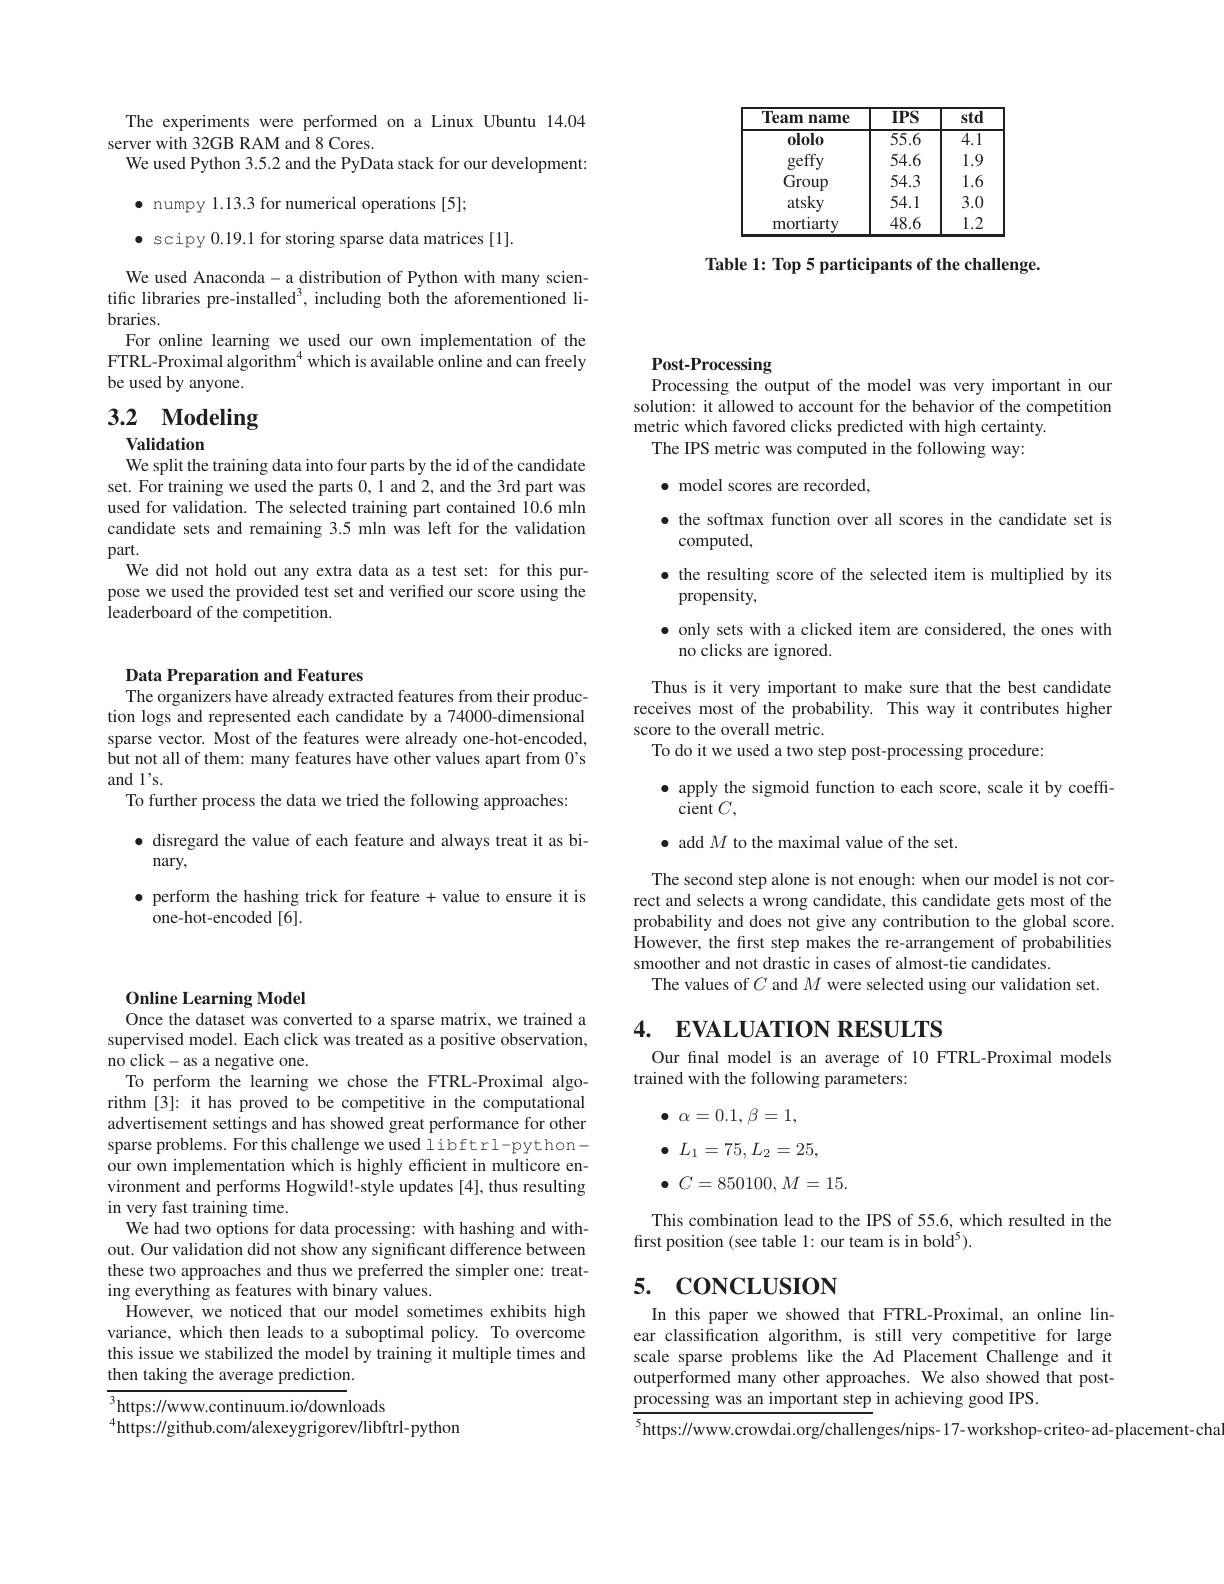
<table>
	<tbody>
		<tr>
			<th>Team name</th>
			<th>$\overline{IPS}$</th>
			<th>std</th>
		</tr>
		<tr>
			<td>$0lolo$</td>
			<td>$\overline{55.6}$</td>
			<td>$\overline{4.1}$</td>
		</tr>
		<tr>
			<td>geffy</td>
			<td>54.6</td>
			<td>1.9</td>
		</tr>
		<tr>
			<td>Group</td>
			<td>54.3</td>
			<td>1.6 </td>
		</tr>
		<tr>
			<td>atsky</td>
			<td>54.1</td>
			<td>3.0</td>
		</tr>
		<tr>
			<td>mortiarty</td>
			<td>48.6</td>
			<td>1.2</td>
		</tr>
	</tbody>
</table>

Table 1: Top 5 participants of the challenge.

## Online Learning Model Once the dataset was converted to a sparse matrix, we trained a

supervised model. Each click was treated as a positive observation,
no click-as a negative one.
To perform the learning we chose the FTRL-Proximal algorithm [3]: it has proved to be competitive in the computational advertisement settings and has showed great performance for other sparse problems. For this challenge we used libftrl-pythonour own implementation which is highly efficient in multicore environment and performs Hogwild!-style updates [4], thus resulting in very fast training time.
We had two options for data processing: with hashing and without. Our validation did not show any significant difference between these two approaches and thus we preferred the simpler one: treating everything as features with binary values.
However, we noticed that our model sometimes exhibits high variance, which then leads to a suboptimal policy. To overcome this issue we stabilized the model by training it multiple times and then taking the average prediction.

$^3$https://www.continuum.io/downloads
$^{4}$https://github.com/alexeygrigorev/libftrl-python

The experiments were performed on a Linux Ubuntu 14.04
server with 32GB RAM and 8 Cores.
We used Python 3.5.2 and the PyData stack for our development:
$\bullet$ numpy 1.13.3 for numerical operations [5];
$\bullet$ scipy 0.19.1 for storing sparse data matrices [1].
We used Anaconda- a distribution of Python with many scientific libraries pre-installed', including both the aforementioned libraries.
For online learning we used our own implementation of the FTRL-Proximal algorithm$^{4}$ which is available online and can freely be used by anyone.

# 3.2 Modeling

Validation
We split the training data into four parts by the id of the candidate set. For training we used the parts 0, 1 and 2, and the 3rd part was used for validation. The selected training part contained 10.6 mln candidate sets and remaining 3.5 mln was left for the validation part.
We did not hold out any extra data as a test set: for this purpose we used the provided test set and verified our score using the leaderboard of the competition.

## Data Preparation and Features The organizers have already extracted features from their produc-

tion logs and represented each candidate by a 74000-dimensional sparse vector. Most of the features were already one-hot-encoded, but not all of them: many features have other values apart from 0's and l's.
To further process the data we tried the following approaches:

$\bullet$ disregard the value of each feature and always treat it as bi-
nary,
$\bullet$ perform the hashing trick for feature + value to ensure it is
one-hot-encoded [6].

${\mathbf{P}}$ost-Processing
Processing the output of the model was very important in our solution: it allowed to account for the behavior of the competition metric which favored clicks predicted with high certainty.
The IPS metric was computed in the following way:
$\bullet$ model scores are recorded,
· the softmax function over all scores in the candidate set is
computed,
· the resulting score of the selected item is multiplied by its
propensity,
· only sets with a clicked item are considered, the ones with
no clicks are ignored.
Thus is it very important to make sure that the best candidate receives most of the probability. This way it contributes higher score to the overall metric.
To do it we used a two step post-processing procedure:
$\bullet$ apply the sigmoid function to each score, scale it by coeffi-
cient $C$,
$\bullet$ add $M$ to the maximal value of the set.

The second step alone is not enough: when our model is not correct and selects a wrong candidate, this candidate gets most of the probability and does not give any contribution to the global score.

However, the first step makes the re-arrangement of probabilities
smoother and not drastic in cases of almost-tie candidates.
The values of $C$ and $M$ were selected using our validation set.

## 4. EVALUATION RESULTS

Our final model is an average of 10 FTRL-Proximal models
trained with the following parameters:

$\bullet$ $\alpha = 0. 1, \beta = 1$,
$$L_1=75,L_2=25,$$
$\bullet$ $C= 850100$, $M= 15.$
This combination lead to the IPS of 55.6, which resulted in the
first position (see table 1: our team is in bold$^5).$

### 5. CONCLUSION

In this paper we showed that FTRL-Proximal, an online linear classification algorithm, is still very competitive for large scale sparse problems like the Ad Placement Challenge and it outperformed many other approaches. We also showed that postprocessing was an important step in achieving good IPS.

$^{5}$https://www.crowdai.org/challenges/nips-17-workshop-criteo-ad-placement-cha